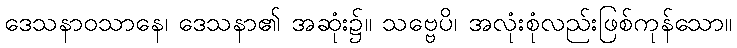
ဒေသနာဝသာနေ၊ ဒေသနာ၏ အဆုံး၌။ သဗ္ဗေပိ၊ အလုံးစုံလည်းဖြစ်ကုန်သော။